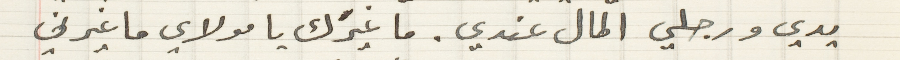
يدي ورجلي المال عندي. ما غيرَك يا مولاي ما غيرني